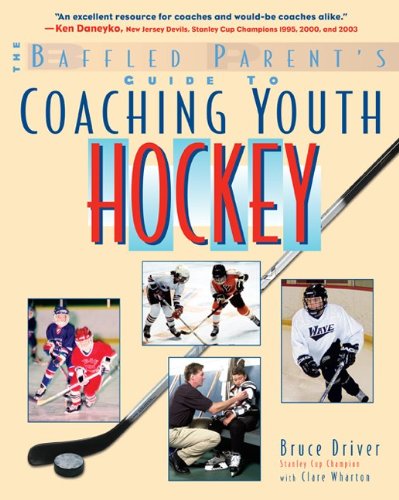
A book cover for The Baffled Parent's Guide to Coaching Youth Hockey (Baffled Parent's Guides); Bruce Driver; Sports & Outdoors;